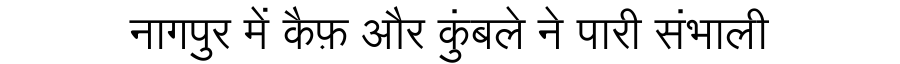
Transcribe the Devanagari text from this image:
नागपुर में कैफ़ और कुंबले ने पारी संभाली